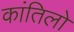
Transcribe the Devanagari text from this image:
कांतिलो